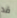
قد